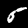
Digit: 5